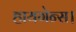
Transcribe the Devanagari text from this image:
हायगेन्स।